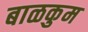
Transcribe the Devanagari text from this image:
बाळकुम